kultuurilooline_kollektsioon, lk 76
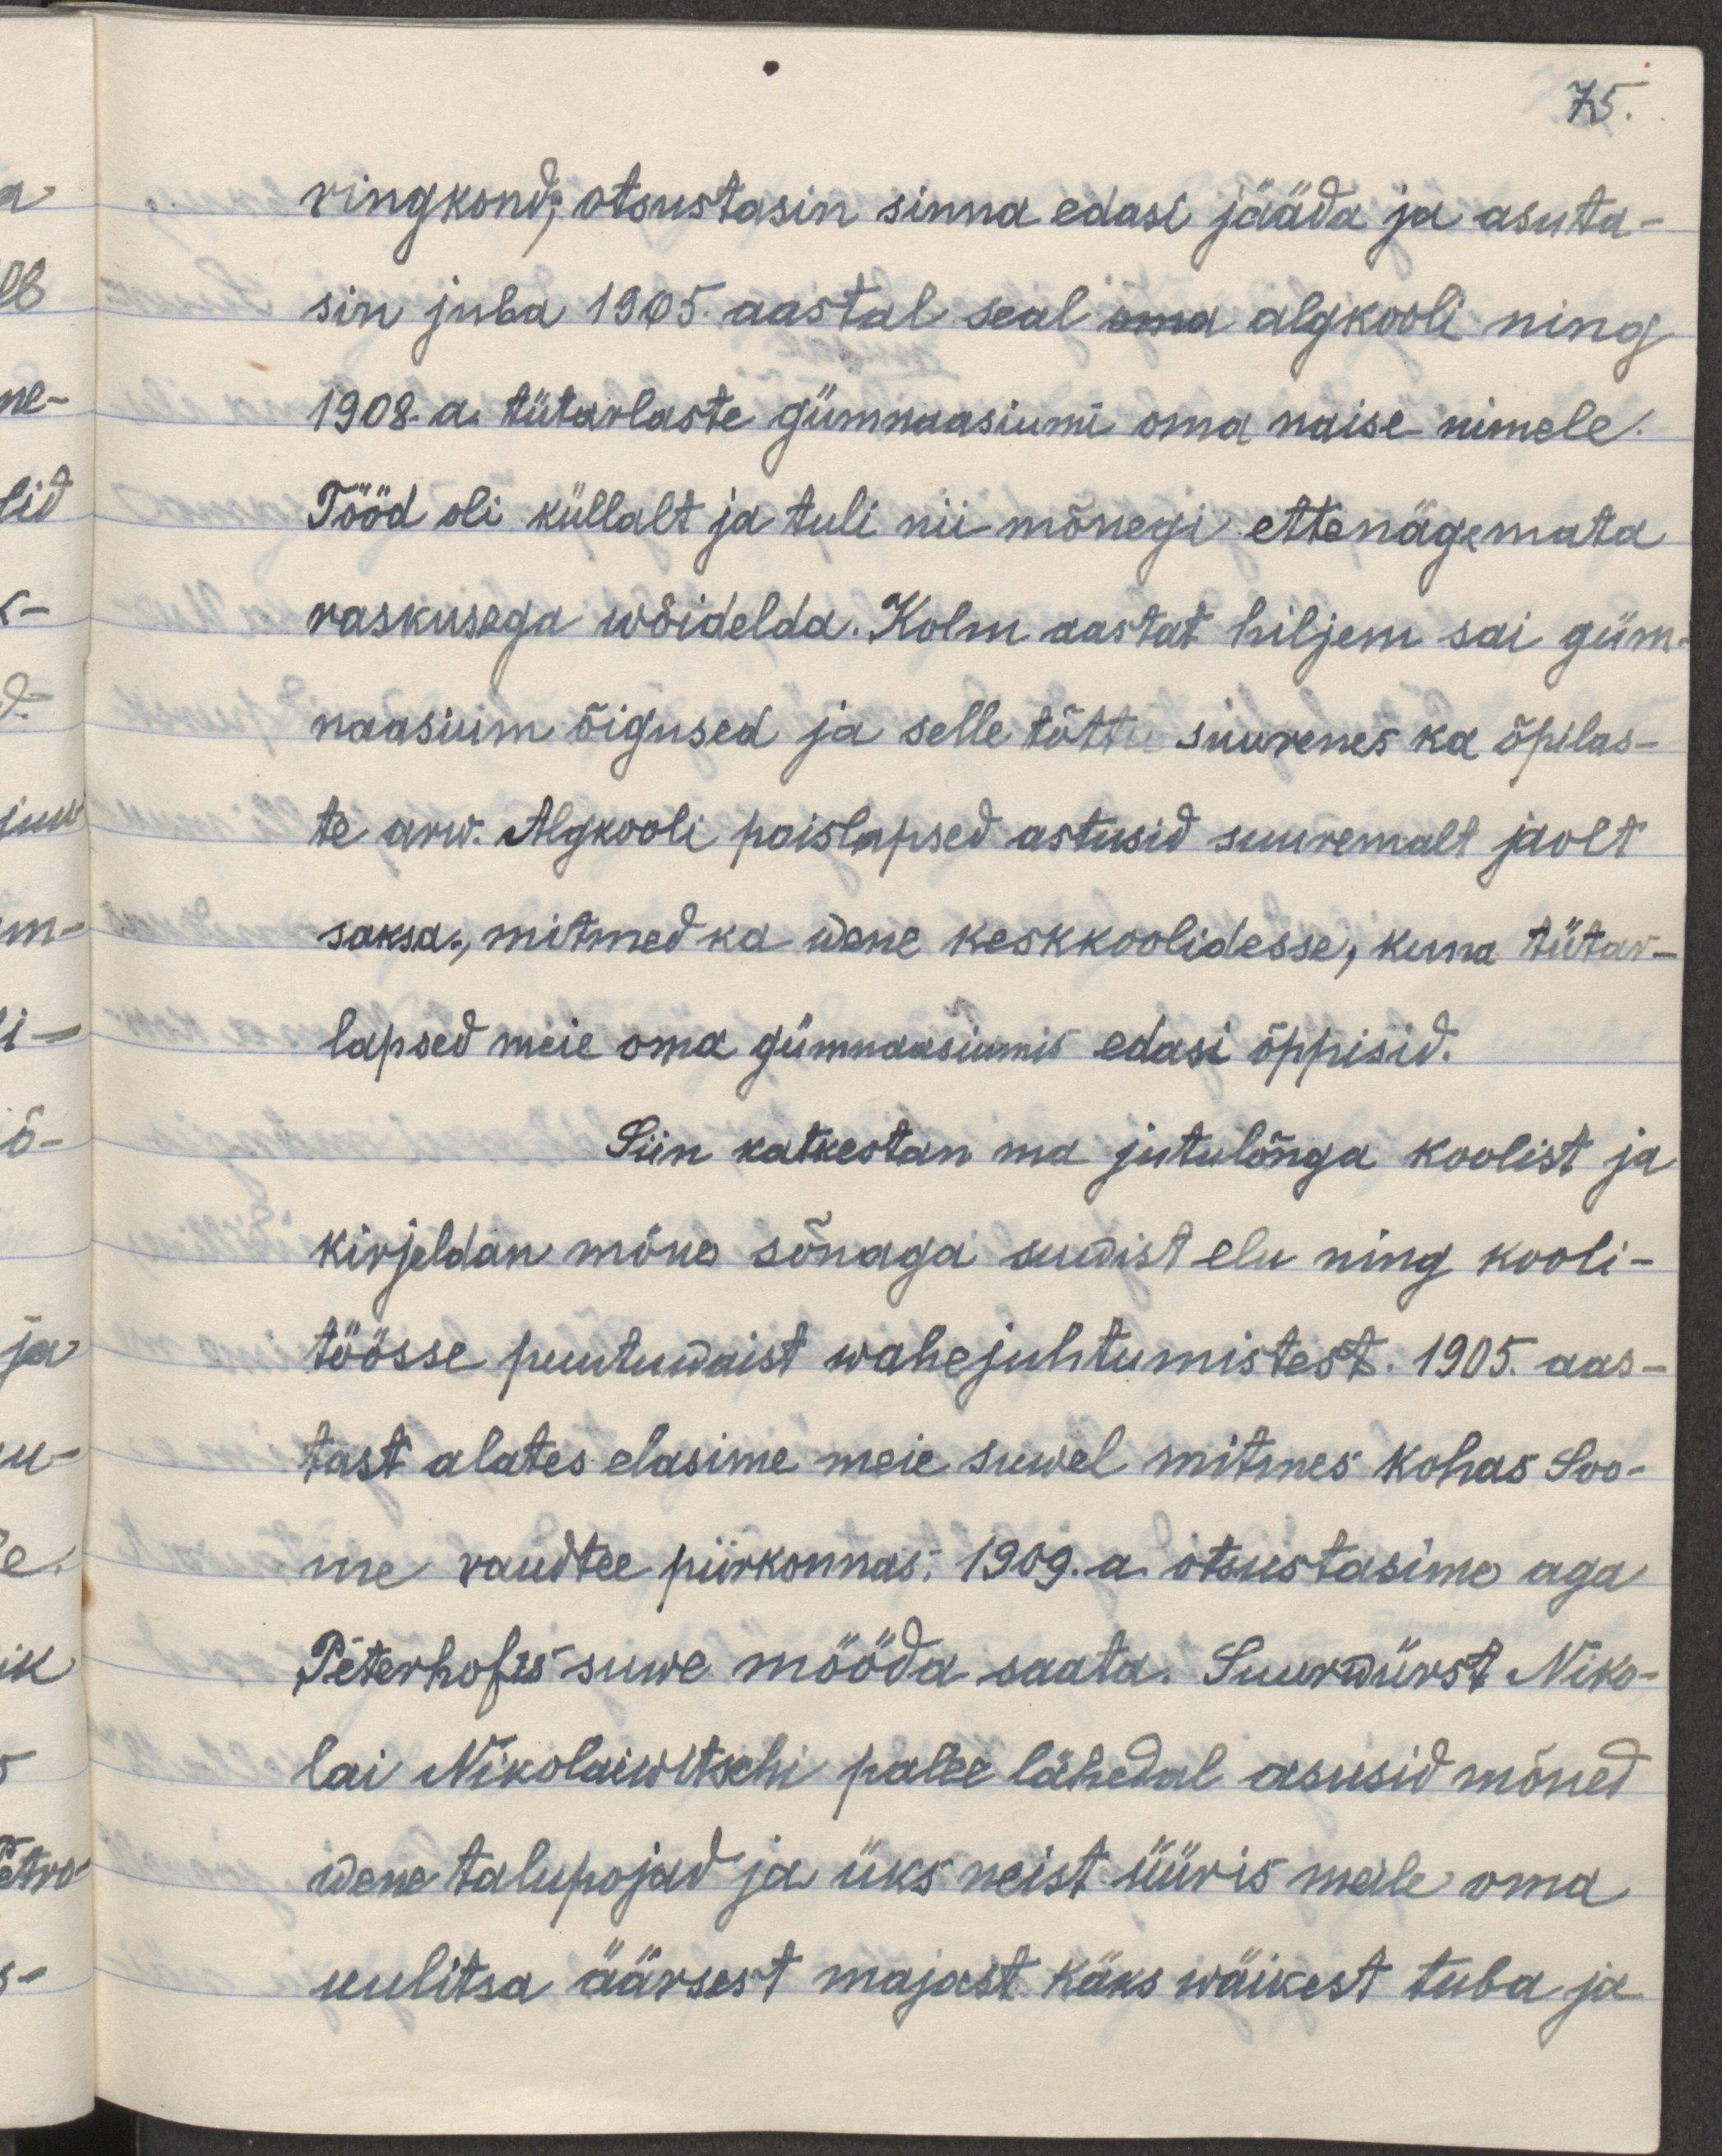
75.
ringkond, otsustasin sinna edasi jääda ja asuta-
sin juba 1905. aastal seal oma algkooli ning
1908. a. tütarlaste gümnaasiumi oma naise nimele.
Tööd oli küllalt ja tuli nii mõnegi ettenägemata
raskusega wõidelda. Kolm aastat hiljem sai güm-
naasium õigused ja selle tõttu suurenes ka õpilas-
te arw. Algkooli poislapsed astusid suuremalt jaolt
saksa, mitmed ka wene keskkoolidesse, kuna tütar-
lapsed meie oma gümnaasiumis edasi õppisid.
Siin katkestan ma jutulõnga koolist ja
kirjeldan mõne sõnaga suwist elu ning kooli-
töösse puutuwaist wahejuhtumistest. 1905. aas-
tast alates elasime meie suwel mitmes kohas Soo-
me raudtee pirkonnas; 1909. a otsustasime aga
Peterhofis suwe mööda saata. Suurwürsti Niko-
lai Nikolaiwitschi palee lähedal asusid mõned
wene talupojad ja üks neist üüris meile oma
uulitsa äärsest majast kaks wäikest tuba ja